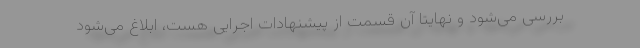
بررسی می‌شود و نهایتا آن قسمت از پیشنهادات اجرایی هست، ابلاغ می‌شود